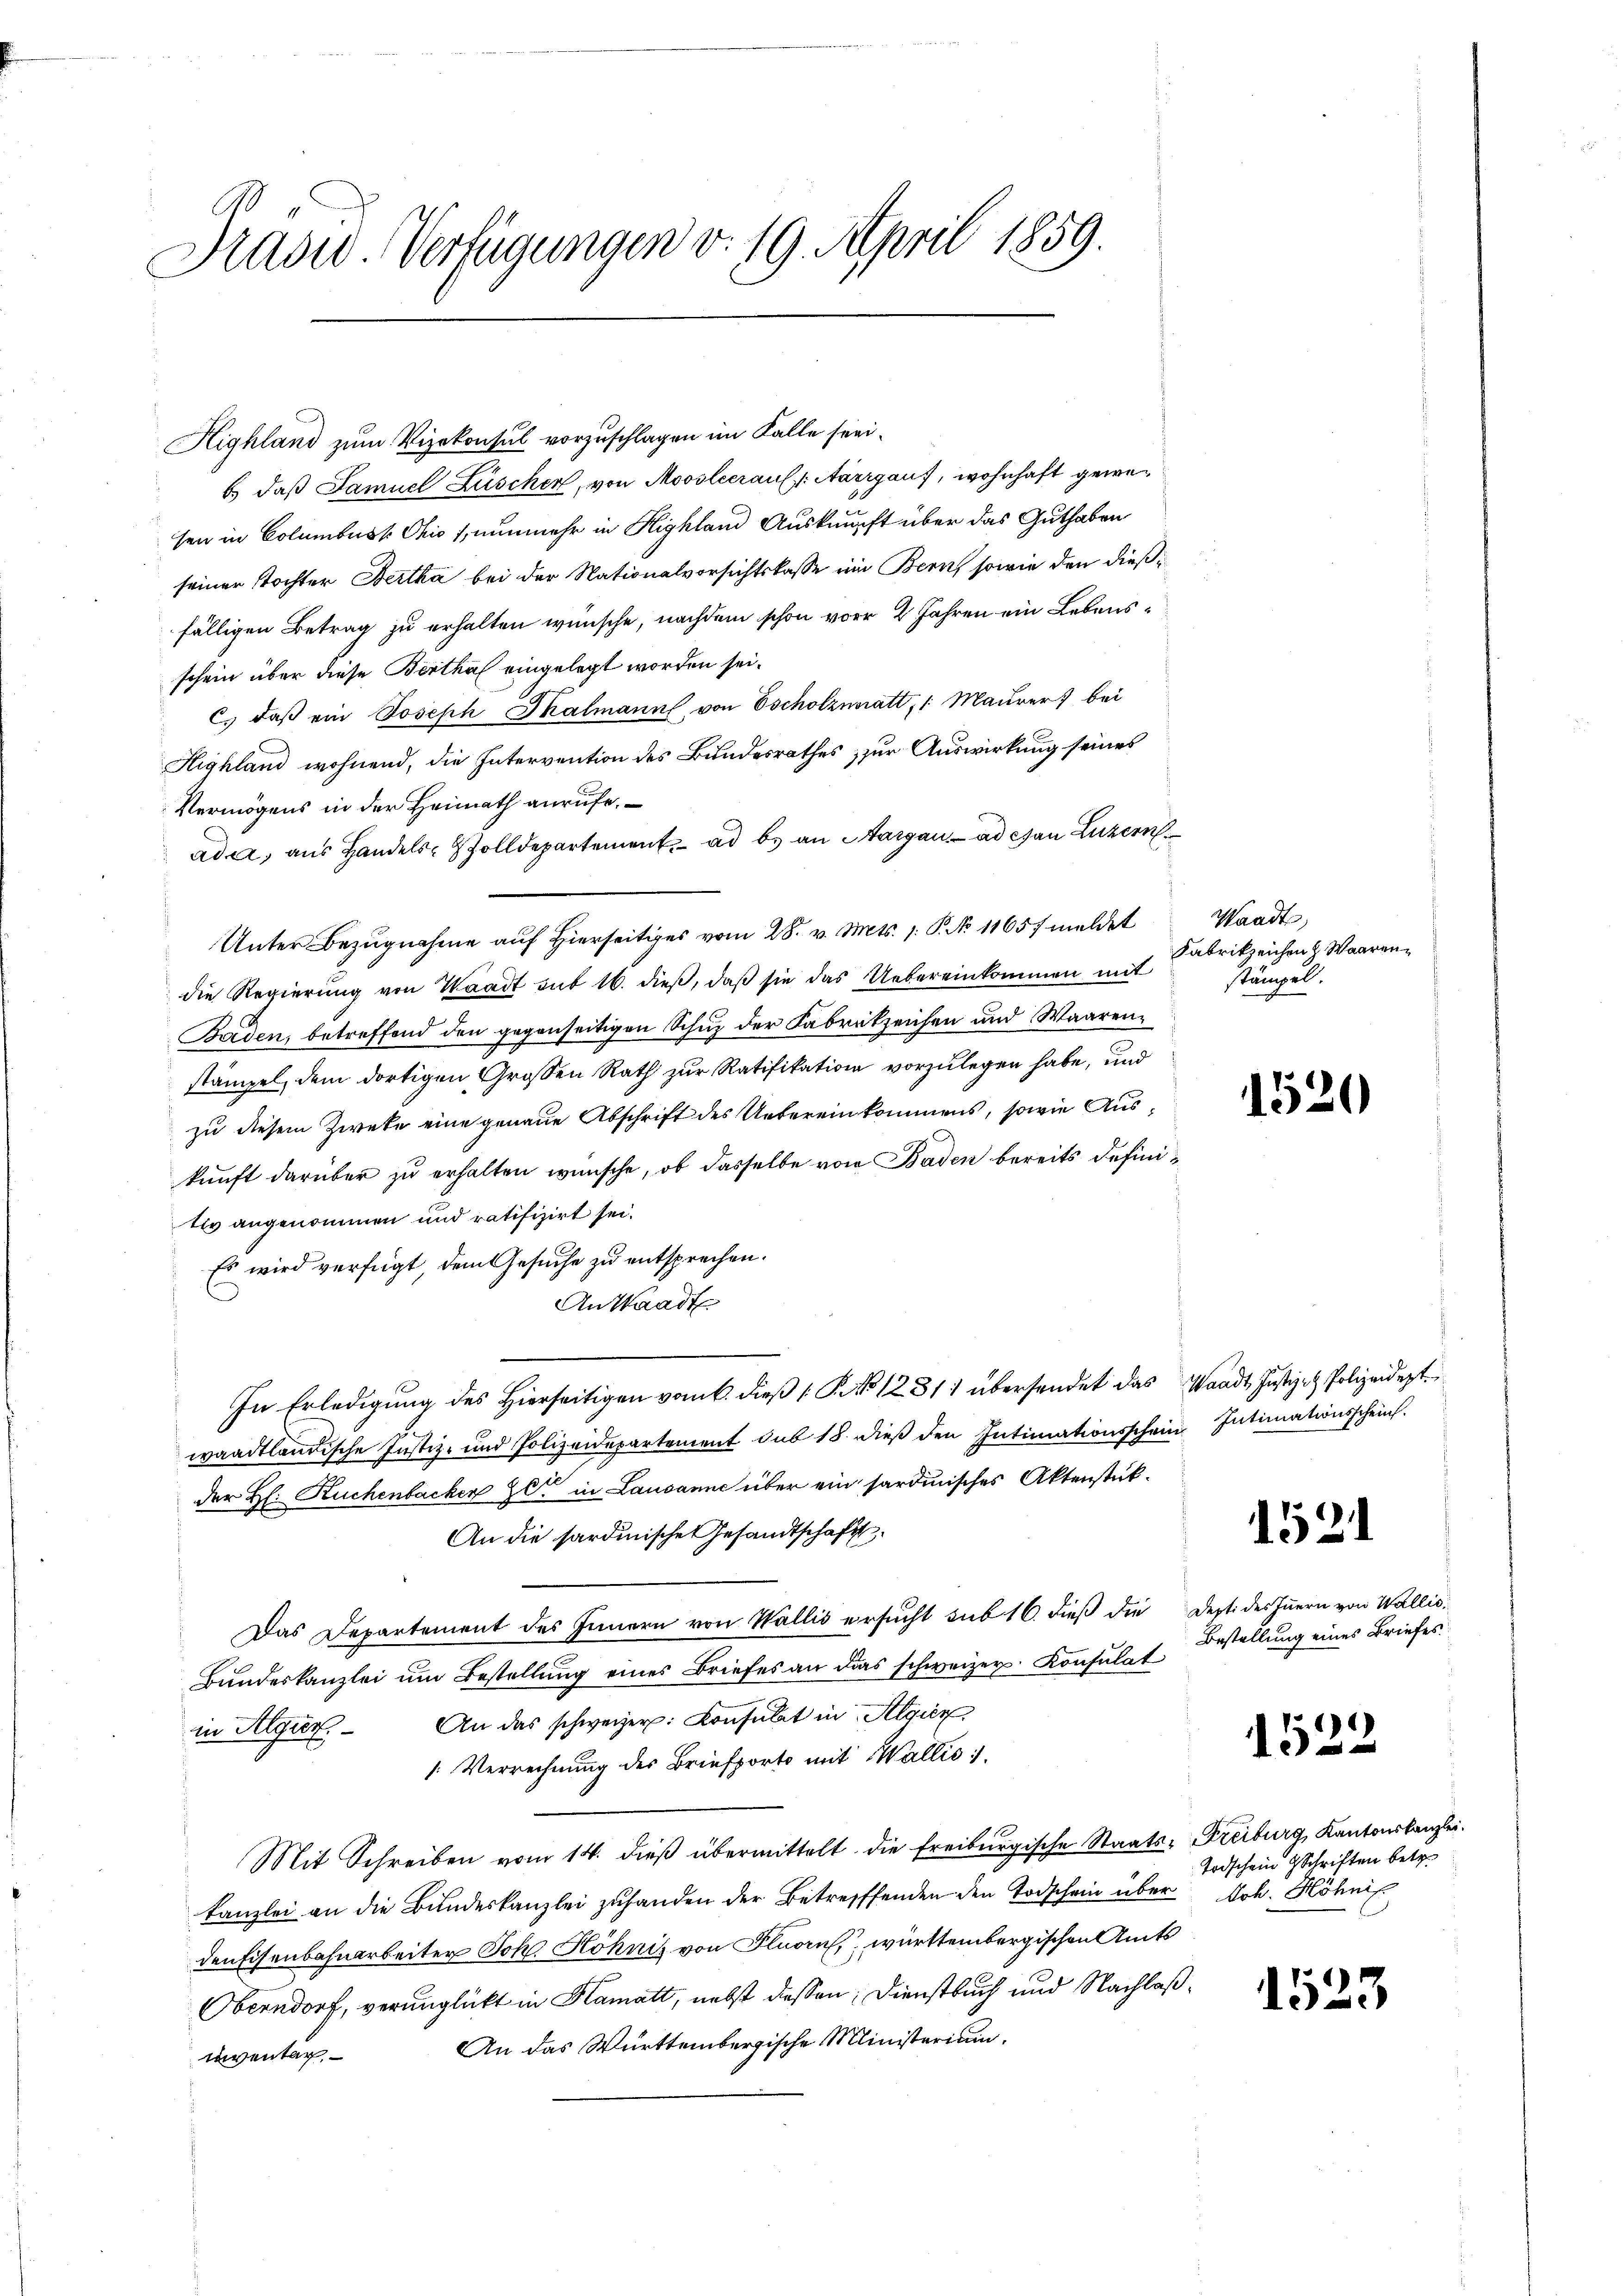
David Verfügungen v. 19. April 1859.

Highland zum Vizekonsul vorzuschlagen im Falle seeib.) daß Samuel Lüschen, von Moosleerauf Aargauf, wohnhaft gewesen in Columbusk Ohio, nunmehr in Kighland Auskunft über das Guthaben
seiner Tochter Bertha bei der Nationalvorsichtskasse ein Bern, sowie den dießfälligen Betrag zu erhalten wünsche, nachdem schon vor 2 Jahren ein Lebensschein über diese Berthal eingelegt worden sei.
c. daβ ein Joseph Thalmann, von Escholznnatt, Maurer) bei
Highland wohnend, die Intervention des Bundesrathes, zur Auswirkung seines
Vermögens in der Heimath anrufe.
ada, aus Handels- Zolldepartement ad b. an Margau, ad can Luzern
Unter Bezugnahme auf hierseitiges vom 28. v. Mts. 1. P. No 11657 meldet
die Regierung von Waadt sub 16. dieß, daß sie das Uebereinkommen mit
Baden, betreffend den gegenseitigen Schuz der Fabrikzeichen und Waarenstämpel, dem dortigen Großen Rath zur Ratifikation vorzulegen habe, und
zu diesem Zweke eine genaue Abschrift des Uebereinkommens, sowie Auskunft darüber zu erhalten wünsche, ob dasselbe von Baden bereits definitiv angenommen und ratifizirt sei.
Es wird verfügt, dem Gesuche zu entsprechen.
An Waadt
In Erledigung des Hierseitigen vom 6. dieß P. No 1231) übersendet das
waadtländische Justiz- und Polizeidepartement sub 18. dieß den Intimationsschein Intimationsschein.
der H. Ruchenbacken ze in Lausanne über ein sardinisches Aktenstück-
An die sardinische Gesandtschaft
Das Departement des Innern von Wallis ersucht sub 16. dieß die
Bundeskanzlei um Bestellung eines Briefes an das schweizer Konsulat
in Algur. An das schweizer. Consulat in Algier
1. Verrechnung des Briefporte mit Wallis 1.
Mit Schreiben vom 14. dieß übermittelt die Freiburgische Staatskanzlei an die Bundeskanzlei zufanden der Betreffenden den Todschein über
den Eisenbahnarbeiter Joh. Höhnis von Flurn württembergischen Amts
Oberndorf, verunglückt in Hamatt, nebst dessen: Dienstbuch und Nachlaß
An das Württembergische Ministerium.
inventar,

Waadt,
Fabrikzeichen Waarenstämpel.

.

1520

Waadt, Justiz- & Polizeidigt.

152

Depti des Innern von Wallis,
Bestellung eines Briefes

1522

Freiburg, Kantonskanzlei.
Todschein Schriften betr.
koh. Höhnis.

1523